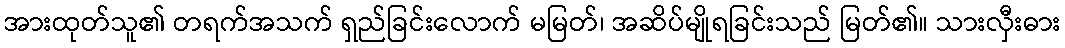
အားထုတ်သူ၏ တရက်အသက် ရှည်ခြင်းလောက် မမြတ်၊ အဆိပ်မျိုရခြင်းသည် မြတ်၏။ သားလှီးဓား